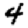
Digit: 4